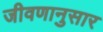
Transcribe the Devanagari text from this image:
जीवणानुसार